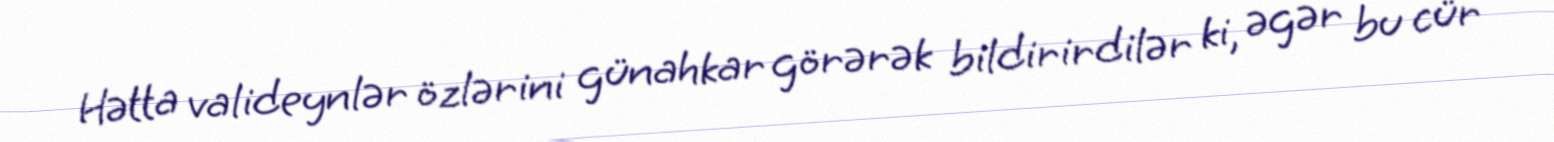
Hətta valideynlər özlərini günahkar görərək bildirirdilər ki, əgər bu cür